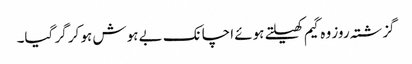
گزشتہ روز وہ گیم کھیلتے ہوئے اچانک بے ہوش ہو کر گر گیا۔